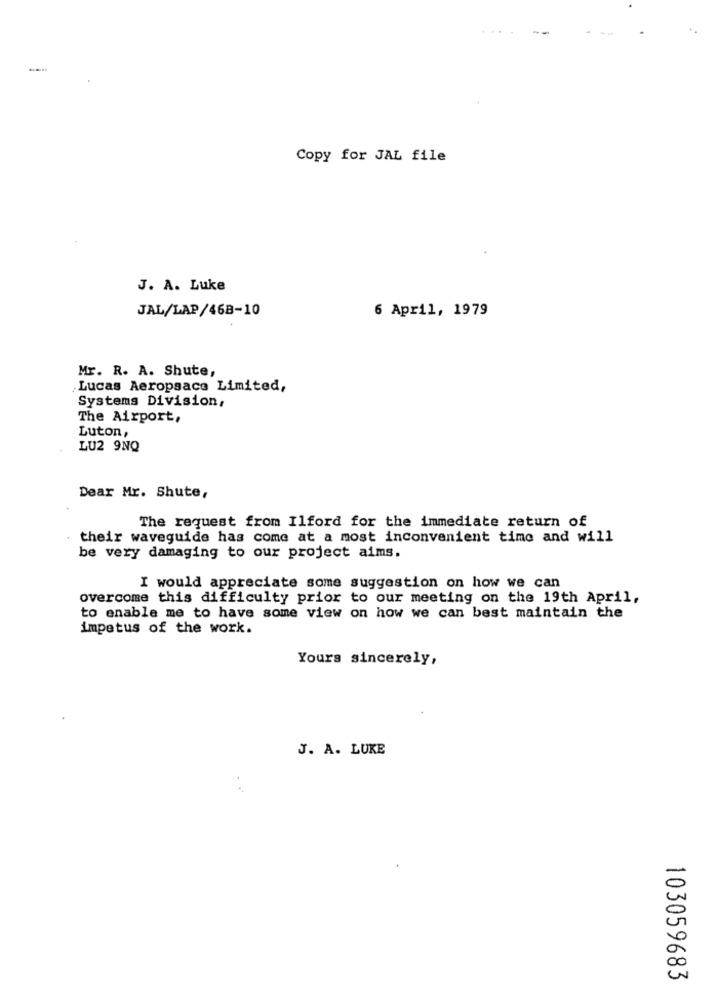
Copy for JAL file
J. A. Luke
JAL/LAP/468-10
6 April, 1979
Mr. R. A. Shute,
Lucas Aeropsace Limited,
Systems Division,
The Airport,
Luton,
LU2 9NQ
Dear Mr. Shute,
The request from Ilford for the immediate return of
their waveguide has come at a most inconvenient time and will
be very damaging to our project aims.
I would appreciate some suggestion on how we can
overcome this difficulty prior to our meeting on the 19th April,
to enable me to have some view on how we can best maintain the
impetus of the work.
Yours sincerely,
J. A. LUKE
103059683